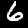
Digit: 6